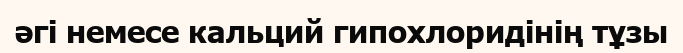
әгі немесе кальций гипохлоридінің тұзы